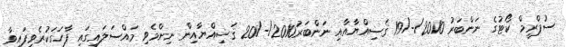
ސުޕްރީމް ކޯޓުގެ ނަންބަރު 2010/-/19 ޤަޟިއްޔާއާއި ނަންބަރު2010/-/20 ޤަޟިއްޔާއިން ނިންމެވި މައްސަލައިގައި ފާހަގަކުރެވިފައިވާ